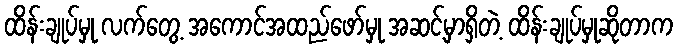
ထိန်းချုပ်မှု လက်တွေ့ အကောင်အထည်ဖော်မှု အဆင့်မှာရှိတဲ့ ထိန်းချုပ်မှုဆိုတာက